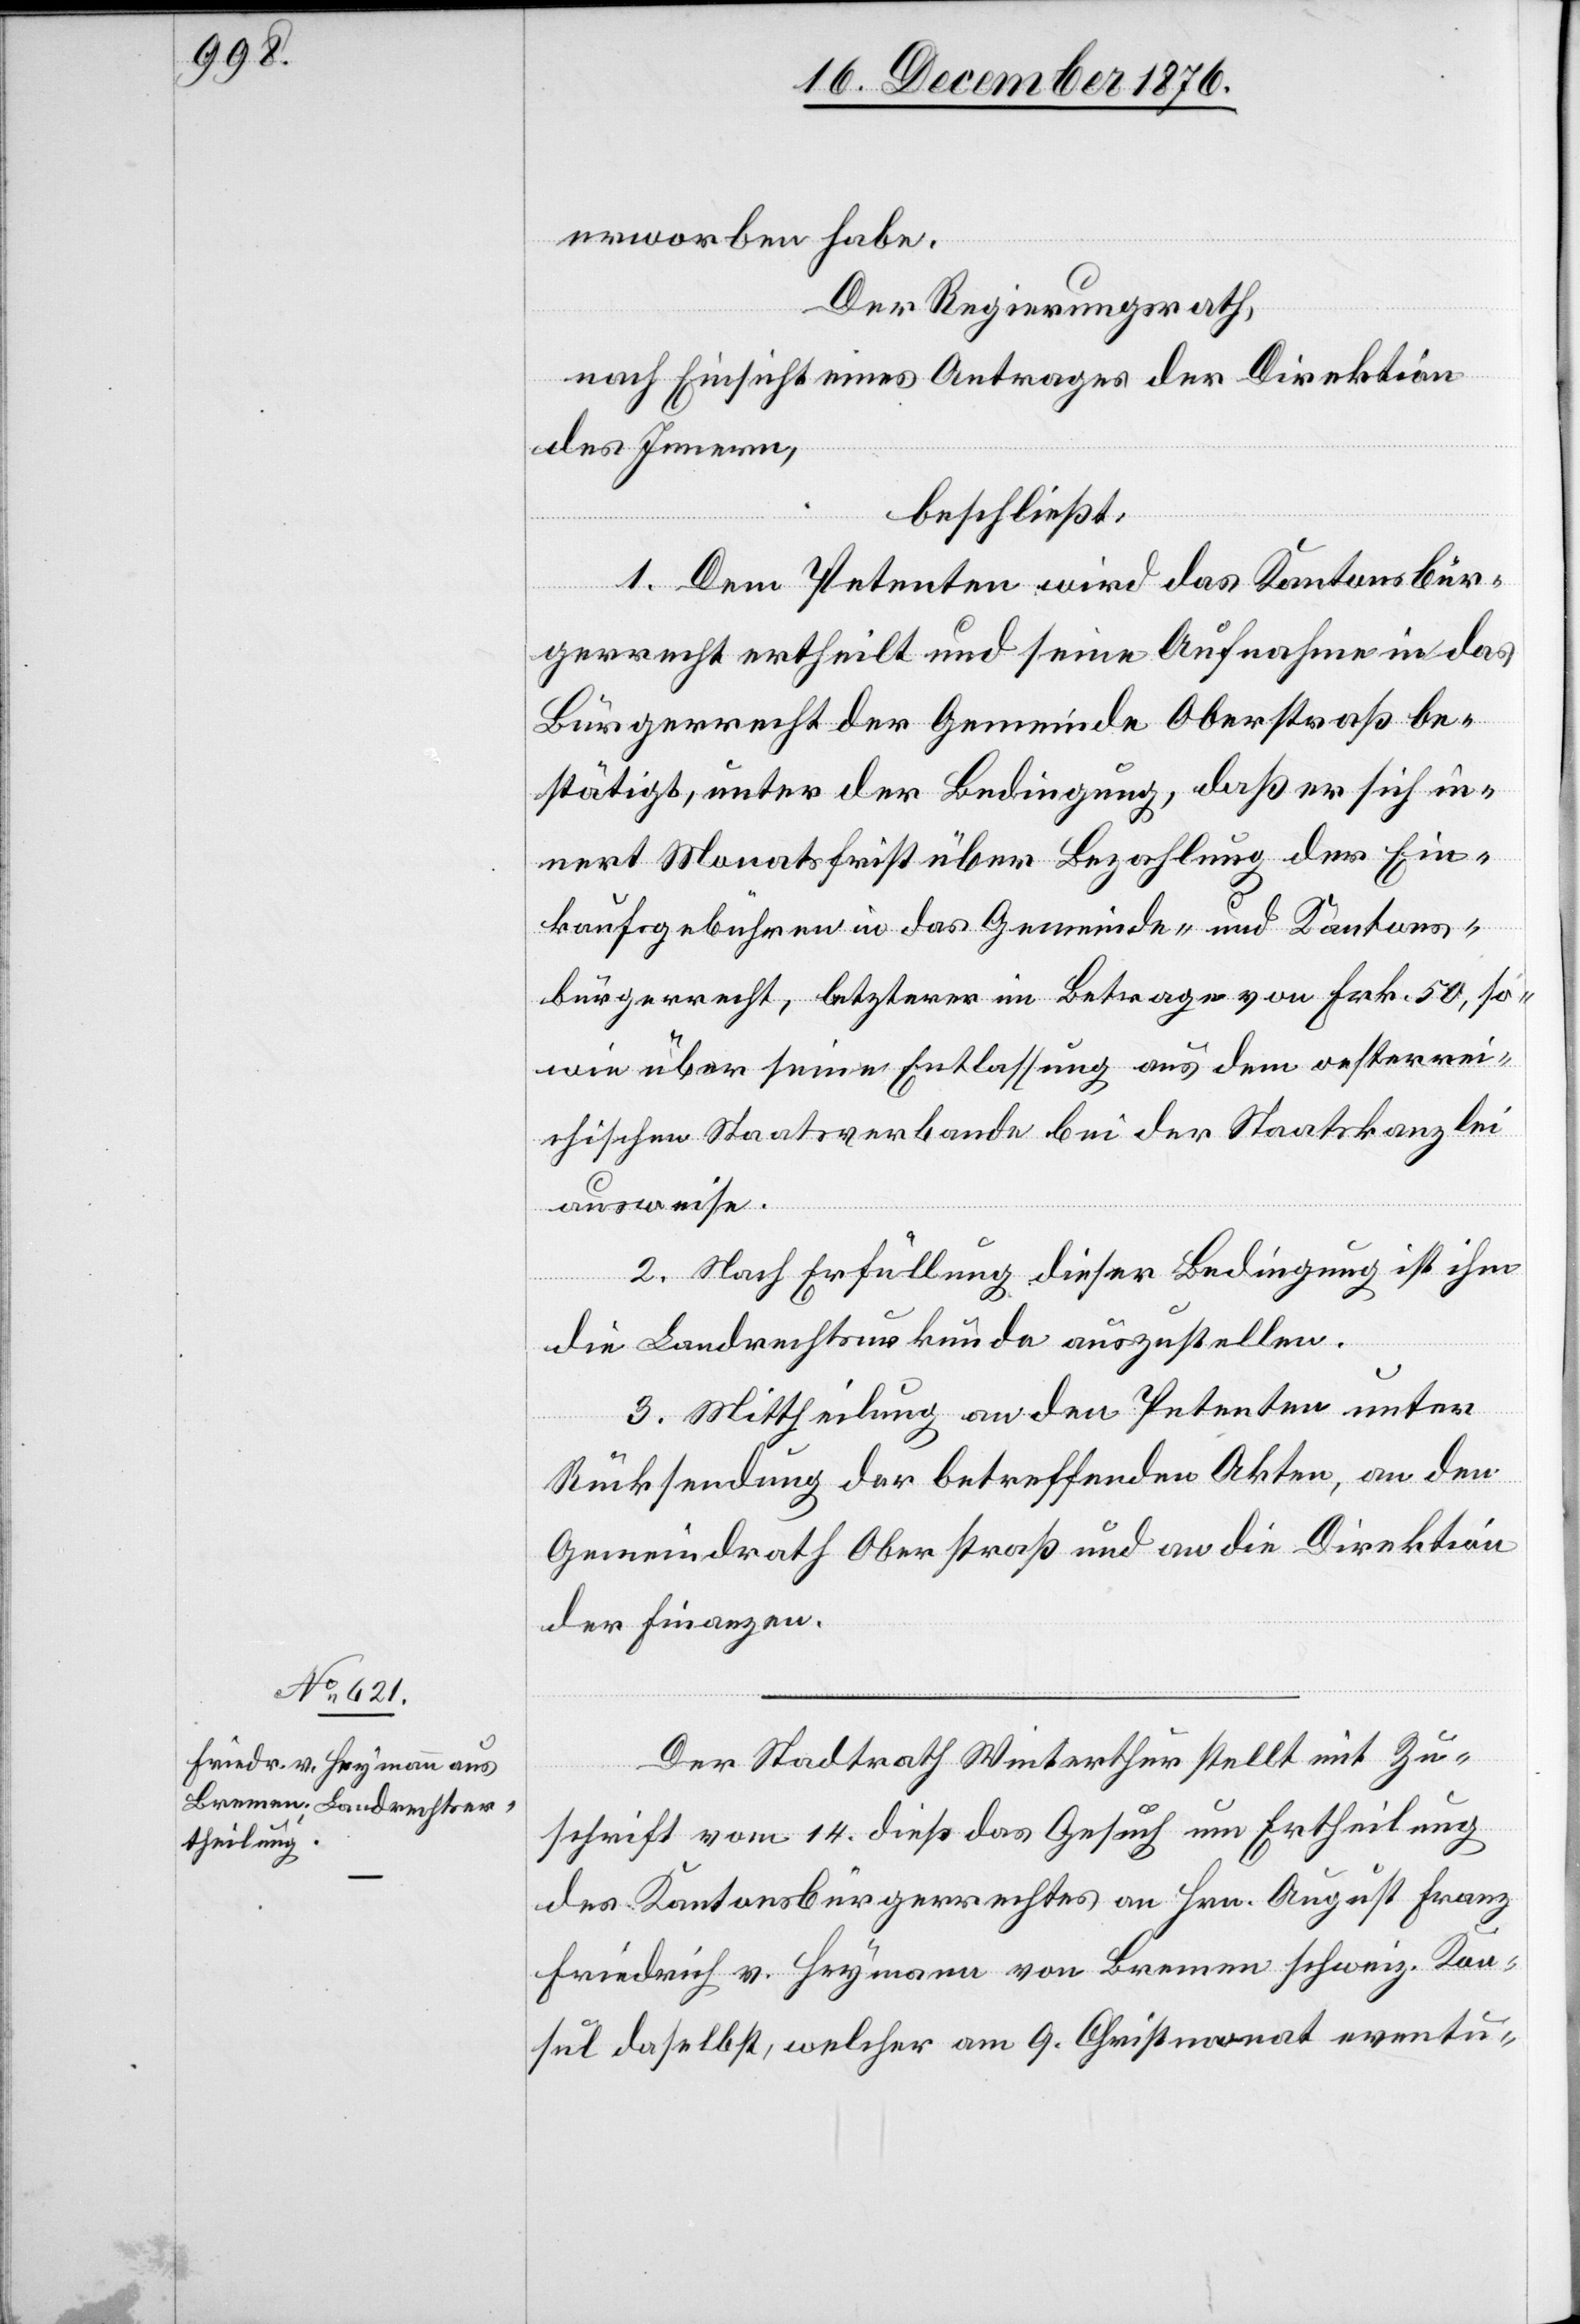
Der Stadtrath Winterthur stellt mit Zu¬
schrift vom 14. dieß das Gesuch um Ertheilung
des Kantonsbürgerrechtes an Hrn. August Franz
Friedrich v. Heymann von Bremen schweiz. Kon¬
sul daselbst, welcher am 9. Christmonat eventu-